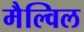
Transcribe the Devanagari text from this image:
मैल्विल